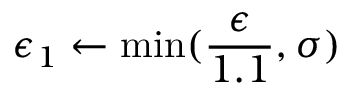
\epsilon _ { 1 } \gets \operatorname* { m i n } ( \frac { \epsilon } { 1 . 1 } , \sigma )